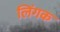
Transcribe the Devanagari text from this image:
लिंगक